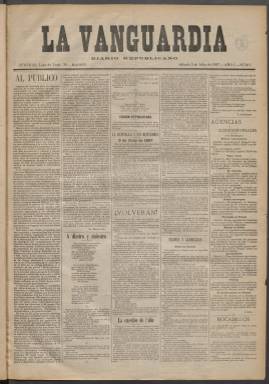
Título: La Vanguardia (Madrid. 1897)
Colección: Periódicos
Ámbito geográfico: Madrid
Lugar de publicación: Madrid
Fechas: 03/07/1897-07/08/1897